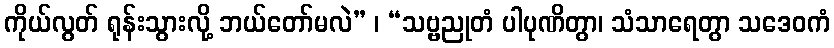
ကိုယ်လွတ် ရုန်းသွားလို့ ဘယ်တော်မလဲ” ၊ “သဗ္ဗညုတံ ပါပုဏိတွာ၊ သံသာရေတွာ သဒေဝကံ